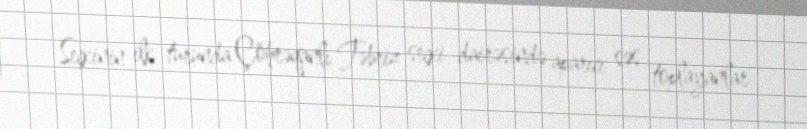
Seçkinin ilk turunda Çöhrəqanlı Təbriz seçki dairəsində aparıcı səs toplayanlar